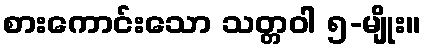
စားကောင်းသော သတ္တဝါ ၅-မျိုး။